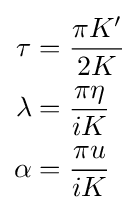
{\begin{aligned}\tau &={\frac {\pi K'}{2K}}\\\lambda &={\frac {\pi \eta }{iK}}\\\alpha &={\frac {\pi u}{iK}}\end{aligned}}